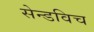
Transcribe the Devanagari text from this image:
सेन्डविच